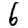
Digit: 6